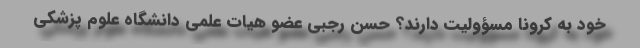
خود به کرونا مسؤولیت دارند؟ حسن رجبی عضو هیات علمی دانشگاه علوم پزشکی